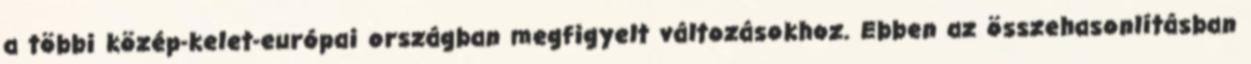
a többi közép-kelet-európai országban megfigyelt változásokhoz. Ebben az összehasonlításban